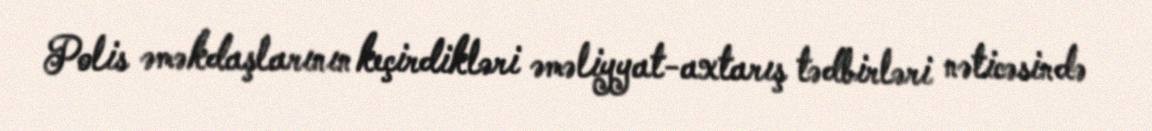
Polis əməkdaşlarının keçirdikləri əməliyyat-axtarış tədbirləri nəticəsində